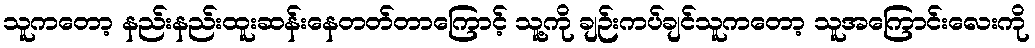
သူကတော့ နည်းနည်းထူးဆန်းနေတတ်တာကြောင့် သူ့ကို ချဉ်းကပ်ချင်သူကတော့ သူအကြောင်းလေးကို